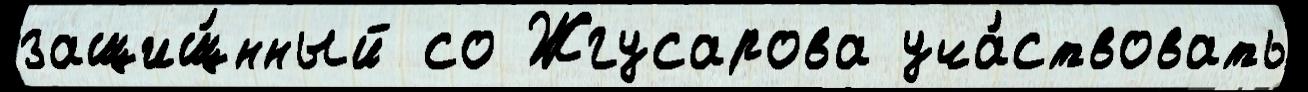
защищ́нный со Жгусарова уча́ствовать